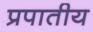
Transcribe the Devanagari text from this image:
प्रपातीय